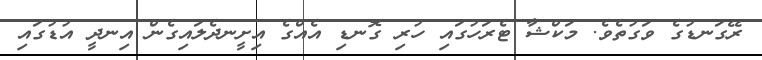
ރޭގަނޑުގެ ވަގުތެވެ. މަކްޝާ ޓެރަހުގައި ހުރި ގޮނޑި އެއްގެ އިށީނދެލައިގެން އިނދީ އުޑުގައި